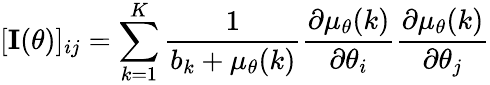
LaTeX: \lbrack\textbf{I}(\theta)\rbrack_{ij}=\sum_{k=1}^{K}\frac{1}{b_{k}+\mu_{\theta}(k)}\frac{\partial\mu_{\theta}(k)}{\partial\theta_{i}}\frac{\partial\mu_{\theta}(k)}{\partial\theta_{j}}